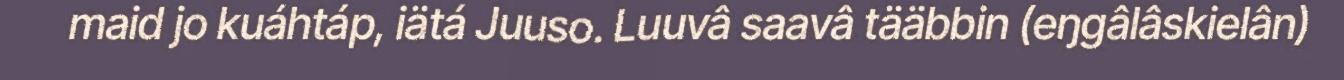
maid jo kuáhtáp, iätá Juuso. Luuvâ saavâ tääbbin (eŋgâlâskielân)